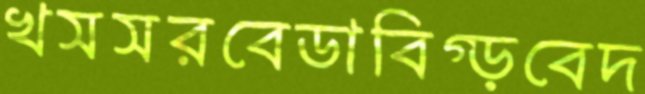
খসসরবেডাবিগ্‌ড়বেদ